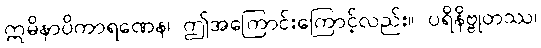
ဣမိနာပိကာရဏေန၊ ဤအကြောင်းကြောင့်လည်း။ ပရိနိဗ္ဗုတဿ၊